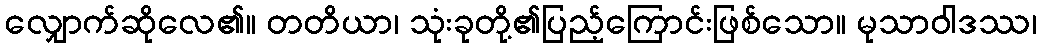
လျှောက်ဆိုလေ၏။ တတိယာ၊ သုံးခုတို့၏ပြည့်ကြောင်းဖြစ်သော။ မုသာဝါဒဿ၊